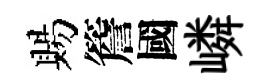
賜簷國嶙